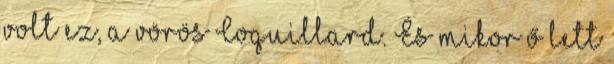
volt ez, a vörös Coquillard. És mikor ő lett